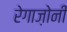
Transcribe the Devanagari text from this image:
रेगाज़ोनी